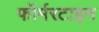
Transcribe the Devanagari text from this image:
फॉर्मरटाइन